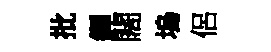
批鐸闊塢侶